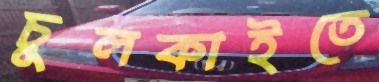
চুলকাইতে